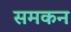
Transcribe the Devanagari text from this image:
समकन